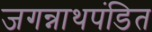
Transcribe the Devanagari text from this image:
जगन्नाथपंडित